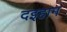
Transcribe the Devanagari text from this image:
दइहान